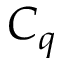
C _ { q }